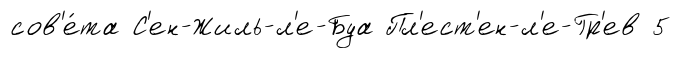
сов'е́та С'ен-Жиль-л'е-Буа Пл'ест'ен-л'е-Гр'ев 5